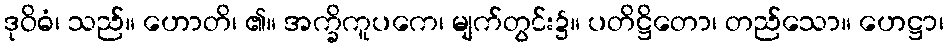
ဒုဝိဓံ၊ သည်။ ဟောတိ၊ ၏။ အက္ခိကူပကေ၊ မျက်တွင်း၌။ ပတိဋ္ဌိတော၊ တည်သော။ ဟေဋ္ဌာ၊